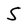
Character: S